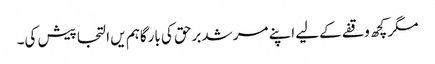
مگر کچھ وقفے کےلیے اپنے مرشد برحق کی بارگاہم یں التجا پیش کی۔